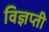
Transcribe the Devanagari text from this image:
विज्ञप्ती